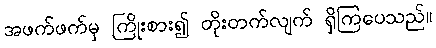
အဖက်ဖက်မှ ကြိုးစား၍ တိုးတက်လျက် ရှိကြပေသည်။